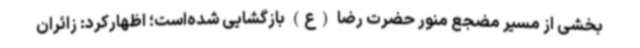
بخشی از مسیر مضجع منور حضرت رضا (ع) بازگشایی شده‌است؛ اظهارکرد: زائران